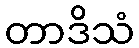
တာဒိသံ